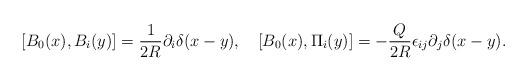
LaTeX: \begin{align*}[B_0(x),B_i(y)]={1\over{2R}}\partial_i\delta(x-y),~~~[B_0(x),\Pi_i(y)]=-{Q\over{2R}}\epsilon_{ij}\partial_j\delta(x-y).\end{align*}